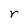
Character: r